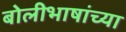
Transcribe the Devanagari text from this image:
बोलीभाषांच्या